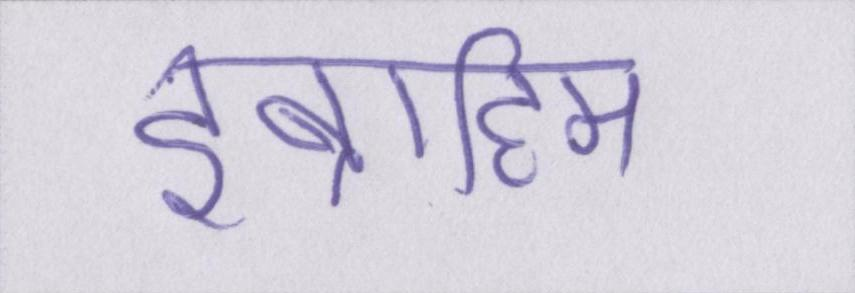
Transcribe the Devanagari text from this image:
इब्राहिम